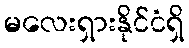
မလေးရှားနိုင်ငံရှိ